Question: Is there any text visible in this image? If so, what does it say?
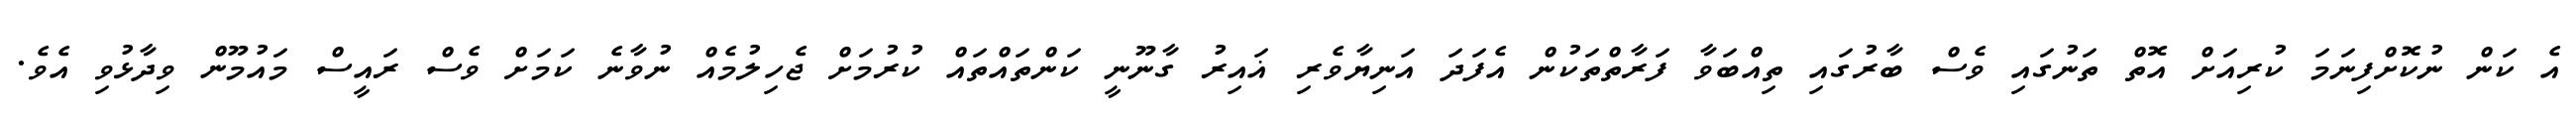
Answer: އެ ކަން ނުކޮށްފިނަމަ ކުރިއަށް އޮތް ތަނުގައި ވެސް ބާރުގައި ތިއްބަވާ ފަރާތްތަކުން އެފަދަ އަނިޔާވެރި ޣައިރު ގާނޫނީ ކަންތައްތައް ކުރުމަށް ޖެހިލުމެއް ނުވާނެ ކަމަށް ވެސް ރައީސް މައުމޫން ވިދާޅުވި އެވެ.